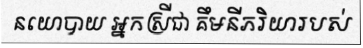
នយោបាយ អ្នកស្រីជា គឹមនីភរិយារបស់